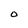
Character: O